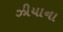
ઝીયાના